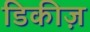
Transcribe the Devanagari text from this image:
डिकीज़